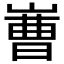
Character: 𱜅